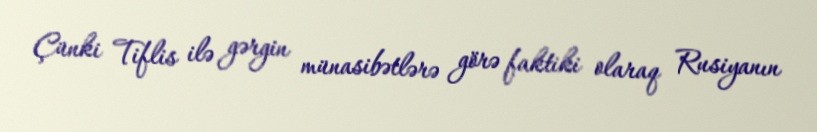
Çünki Tiflis ilə gərgin münasibətlərə görə faktiki olaraq Rusiyanın